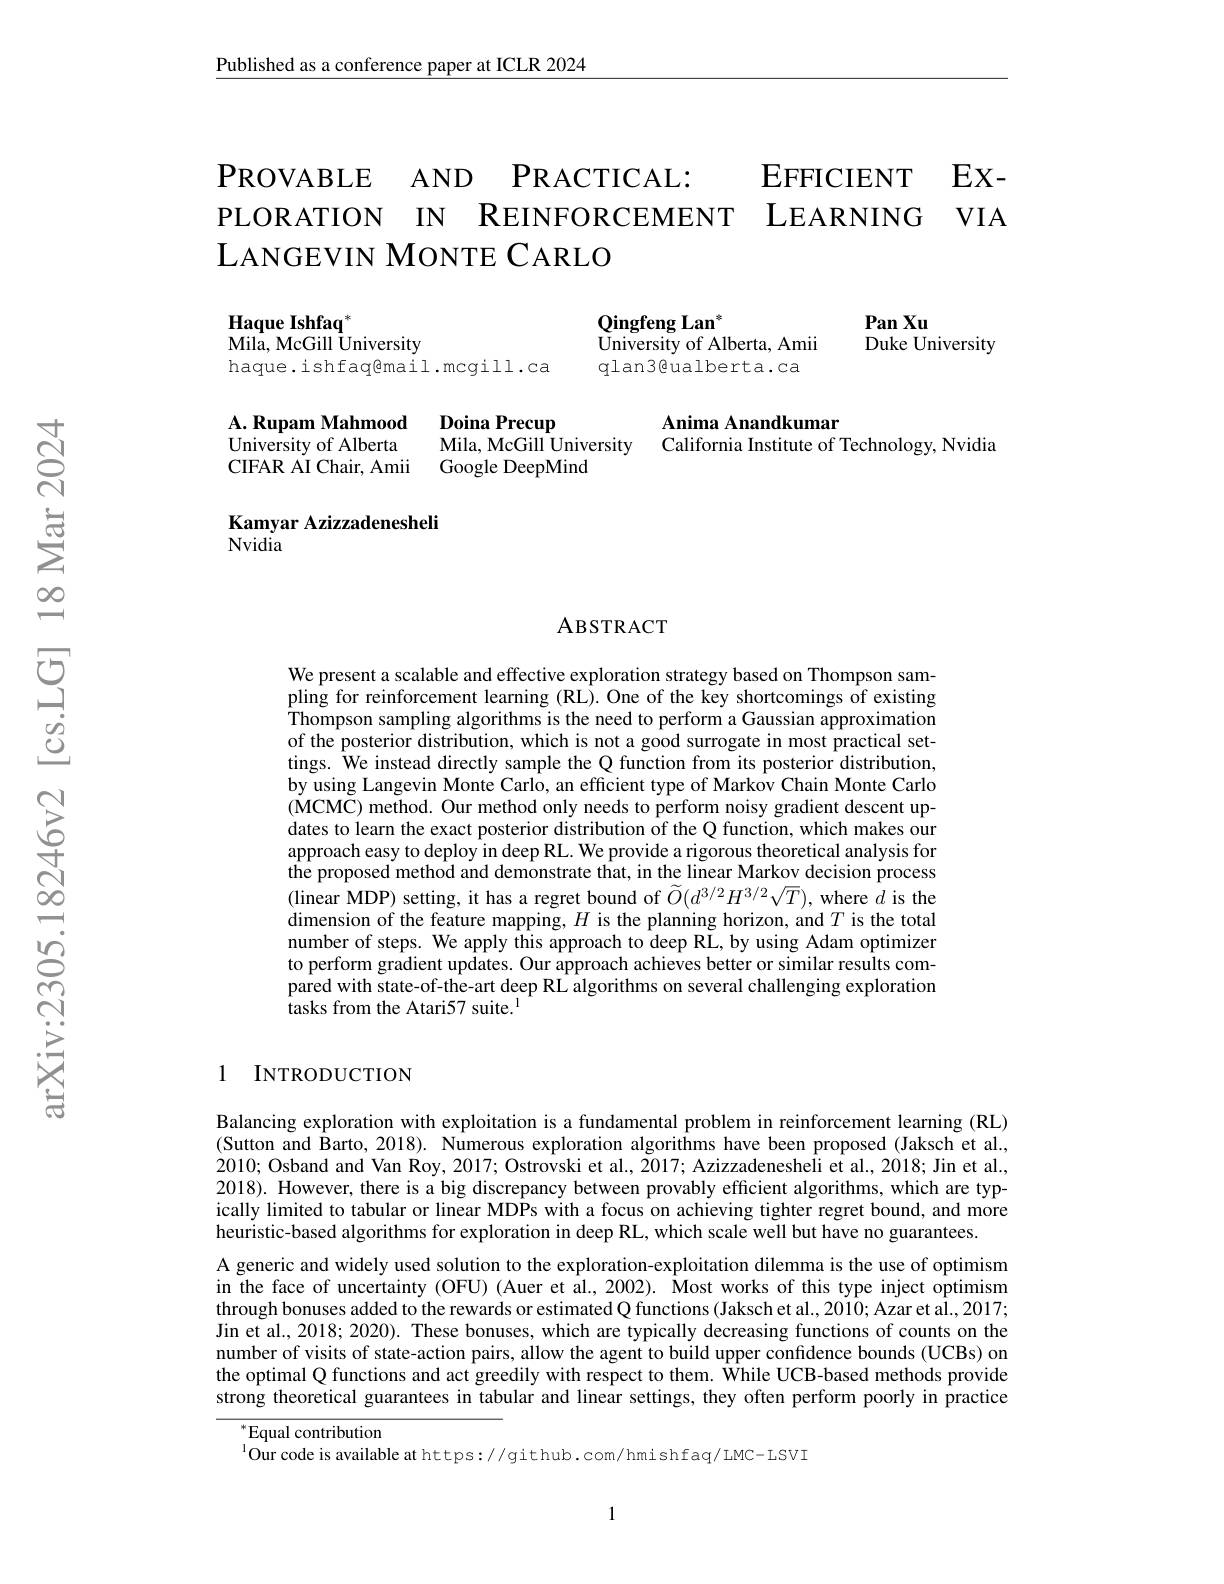
$\underline{\text{Published as a conference paper at ICLR 2024}}$

PROVABLE AND PRACTICAL: EFFICIENT EX- PLORATION IN REINFORCEMENT LEARNING VIA
LANGEVIN MONTE CARLO

PanXu

$\mathbf{QingfengLan}^{*}$

Haque Ishfaq$^*$

Duke University

$\bar{\text{University of Alberta, Amii}}$

$\bar{\text{Mila, McGill University}}$

haque.ishfaq@mail.mcgill.ca

qlan3@ualberta.ca

Doina Precup

A. Rupam Mahmood

Anima Anandkumar

University of Alberta

Mila, McGill University

California Institute of Technology, Nvidia

CIFAR AI Chair, Amii

Google DeepMind

Kamyar Azizzadenesheli
Nvidia

### ABSTRACT

We present a scalable and effective exploration strategy based on Thompson sampling for reinforcement learning (RL).One of the key shortcomings of existing Thompson sampling algorithms is the need to perform a Gaussian approximation of the posterior distribution, which is not a good surrogate in most practical settings. We instead directly sample the Q function from its posterior distribution, by using Langevin Monte Carlo, an efficient type of Markov Chain Monte Carlo (MCMC) method. Our method only needs to perform noisy gradient descent updates to learn the exact posterior distribution of the Q function, which makes our approach easy to deploy in deep RL. We provide a rigorous theoretical analysis for the proposed method and demonstrate that, in the linear Markov decision process (linear MDP) setting, it has a regret bound of $\widetilde O(d^{3/2}H^{3/2}\sqrt T)$, where $\hat d$ is the dimension of the feature mapping, $H$ is the planning horizon, and $T$ is the total number of steps. We apply this approach to deep RL, by using Adam optimizer to perform gradient updates. Our approach achieves better or similar results compared with state-of-the-art deep RL algorithms on several challenging exploration tasks from the Atari57 suite.$^{\mathrm{l}}$

### 1 INTRODUCTION

Balancing exploration with exploitation is a fundamental problem in reinforcement learning (RL) (Sutton and Barto, 2018). Numerous exploration algorithms have been proposed (Jaksch et al., 2010; Osband and Van Roy, 2017; Ostrovski et al., 2017; Azizzadenesheli et al., 2018; Jin et al., 2018). However, there is a big discrepancy between provably efficient algorithms, which are typically limited to tabular or linear MDPs with a focus on achieving tighter regret bound, and more heuristic-based algorithms for exploration in deep RL, which scale well but have no guarantees.
A generic and widely used solution to the exploration-exploitation dilemma is the use of optimism in the face of uncertainty (OFU) (Auer et al., 2002). Most works of this type inject optimism through bonuses added to the rewards or estimated Q functions (Jaksch et al.,2010; Azar et al., 2017; Jin et al., 2018; 2020). These bonuses, which are typically decreasing functions of counts on the number of visits of state-action pairs, allow the agent to build upper confidence bounds (UCBs) on the optimal Q functions and act greedily with respect to them. While UCB-based methods provide strong theoretical guarantees in tabular and linear settings, they often perform poorly in practice

$^{*}$Equal contribution
$^{1}$Our code is available at https://github.com/hmishfaq/LMC- LSVI

1